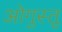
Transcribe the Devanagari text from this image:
ओगुस्तू